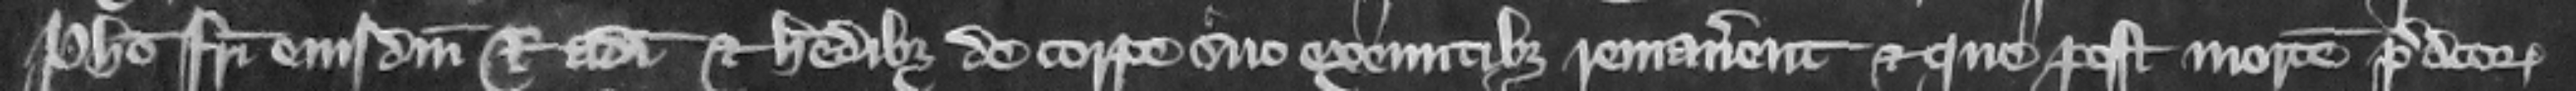
Philippo fratri eiusdem Radulphi et heredibus de corpore suo exeuntibus remanerent et que post mortem predictorum